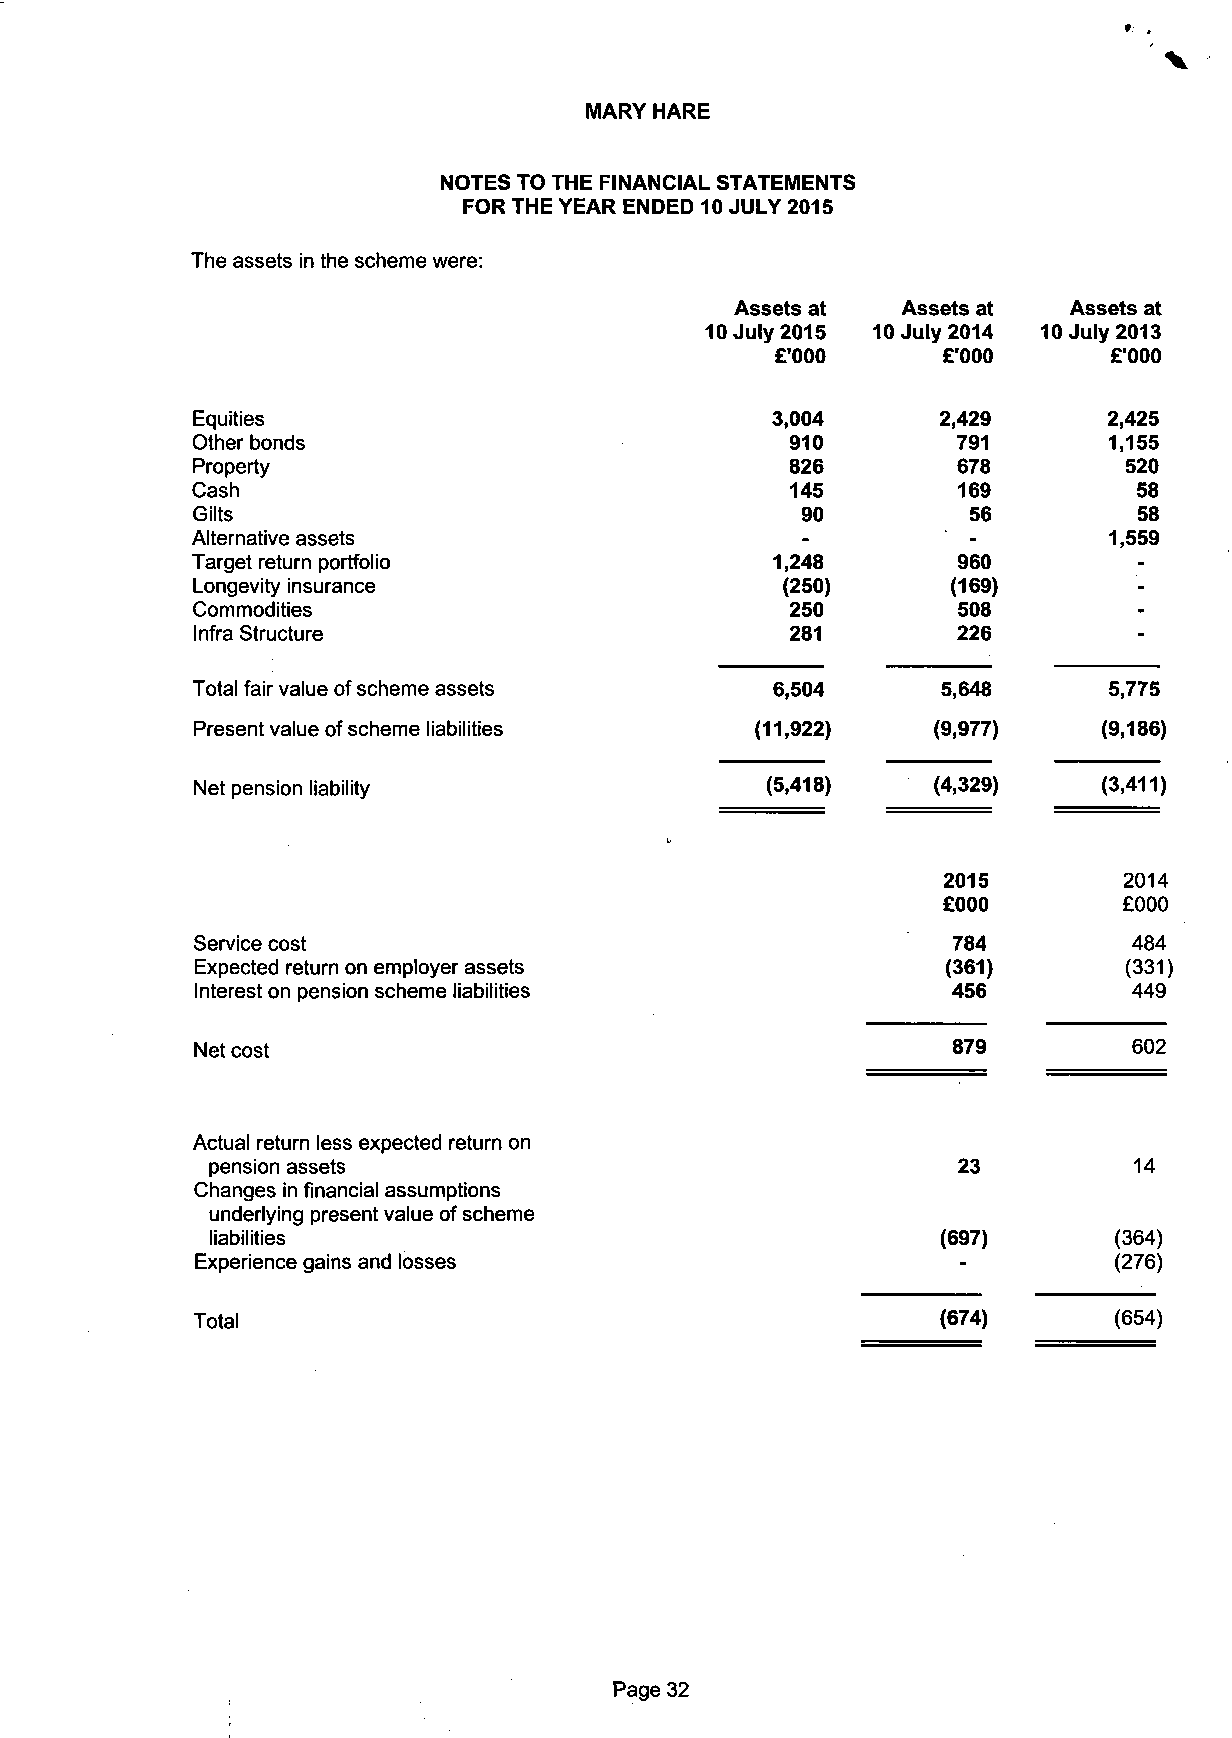
V
 MARY HARE
 NOTES TO THE FINANCIAL STATEMENTS
 FOR THE YEAR ENDED 10 JULY 2015
 The assets in the scheme were:
 Assets at  Assets at  Assets at
 10 July 2015 10 July 2014 10 July 2013
 £'000      £'000      £'000
 Equities                              3,004      2,429      2,425
 Other bonds                            910        791       1,155
 Property                               826        678        520
 Cash                                   145        169         58
 Gilts                                   90         56         58
 Alternative assets                      -          -        1,559
 Target return portfolio               1,248       960         -
 Longevity insurance                    (250)      (169)       -
 Commodities                            250        508         -
 Infra Structure                        281        226         -
 Total fair value of scheme assets     6,504      5,648      5,775
 Present value of scheme liabilities  (11,922)    (9,977)    (9,186)
 Net pension liability                 (5,418)    (4,329)    (3,411)
 2015        2014
 £000        £000
 Service cost                                      784         484
 Expected return on employer assets                (361)      (331)
 Interest on pension scheme liabilities            456         449
 Net cost                                          879         602
 Actual return less expected return on
 pension assets                                   23          14
 Changes in financial assumptions
 underlying present value of scheme
 liabilities                                     (697)       (364)
 Experience gains and losses                                  (276)
 Total                                            (674)       (654)
 Page 32